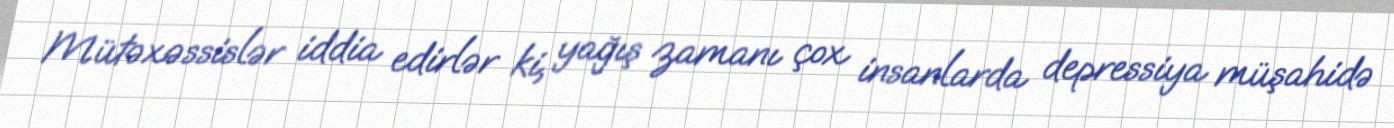
Mütəxəssislər iddia edirlər ki, yağış zamanı çox insanlarda depressiya müşahidə